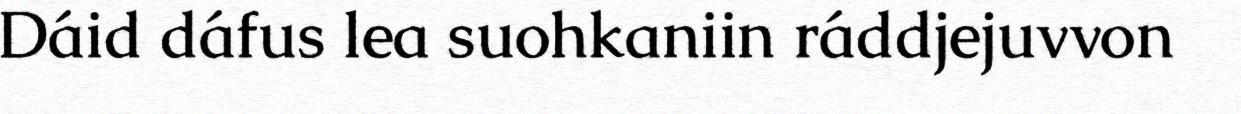
Dáid dáfus lea suohkaniin ráddjejuvvon